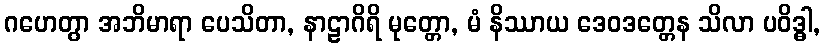
ဂဟေတွာ အဘိမာရာ ပေသိတာ, နာဠာဂိရိ မုတ္တော, မံ နိဿာယ ဒေဝဒတ္တေန သိလာ ပဝိဒ္ဓါ,